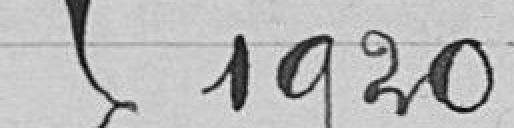
1920